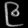
Digit: ၉